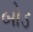
બોડ